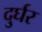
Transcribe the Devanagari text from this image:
दुर्घर